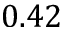
0 . 4 2